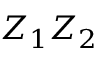
Z _ { 1 } Z _ { 2 }